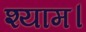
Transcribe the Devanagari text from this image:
श्याम।